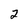
Character: 2